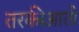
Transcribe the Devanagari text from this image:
तरकीआती